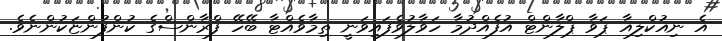
އެ ނިއުކްލިއާ ޕަވާ ޕްލާންޓް އުފެއްދުމާ ހަވާލުވެފައިވަނީ ތިމާވެއްޓާ ބޭހޭ ފްރާންސްގެ ކުންފުންޏަކުންނެވެ.